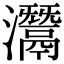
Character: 灊